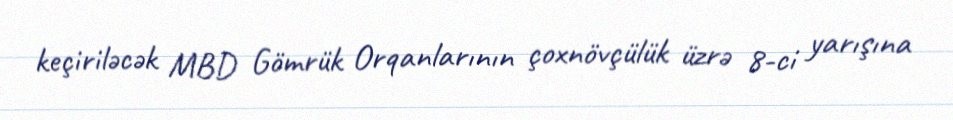
keçiriləcək MBD Gömrük Orqanlarının çoxnövçülük üzrə 8-ci yarışına